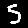
Digit: 5